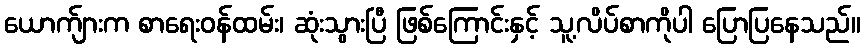
ယောက်ျားက စာရေးဝန်ထမ်း၊ ဆုံးသွားပြီ ဖြစ်ကြောင်းနှင့် သူ့လိပ်စာကိုပါ ပြောပြနေသည်။